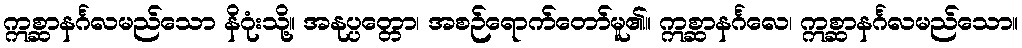
ဣစ္ဆာနင်္ဂလမည်သော နိဂုံးသို့။ အနုပ္ပတ္တော၊ အစဉ်ရောက်တော်မူ၏။ ဣစ္ဆာနင်္ဂလေ၊ ဣစ္ဆာနင်္ဂလမည်သော။